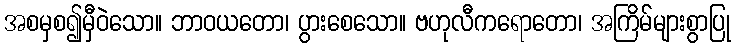
အစမှစ၍မှီဝဲသော။ ဘာဝယတော၊ ပွားစေသော။ ဗဟုလီကရောတော၊ အကြိမ်များစွာပြု